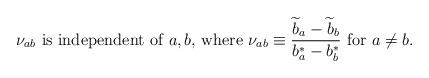
LaTeX: \begin{align*} \nu_{ab}~{\mbox{is independent of $a,b$, where}}~ \nu_{ab}\equiv{{{\widetilde b}_a -{\widetilde b}_b}\over {b^*_a-b^*_b}}~{\mbox {for}}~a\not=b.\end{align*}